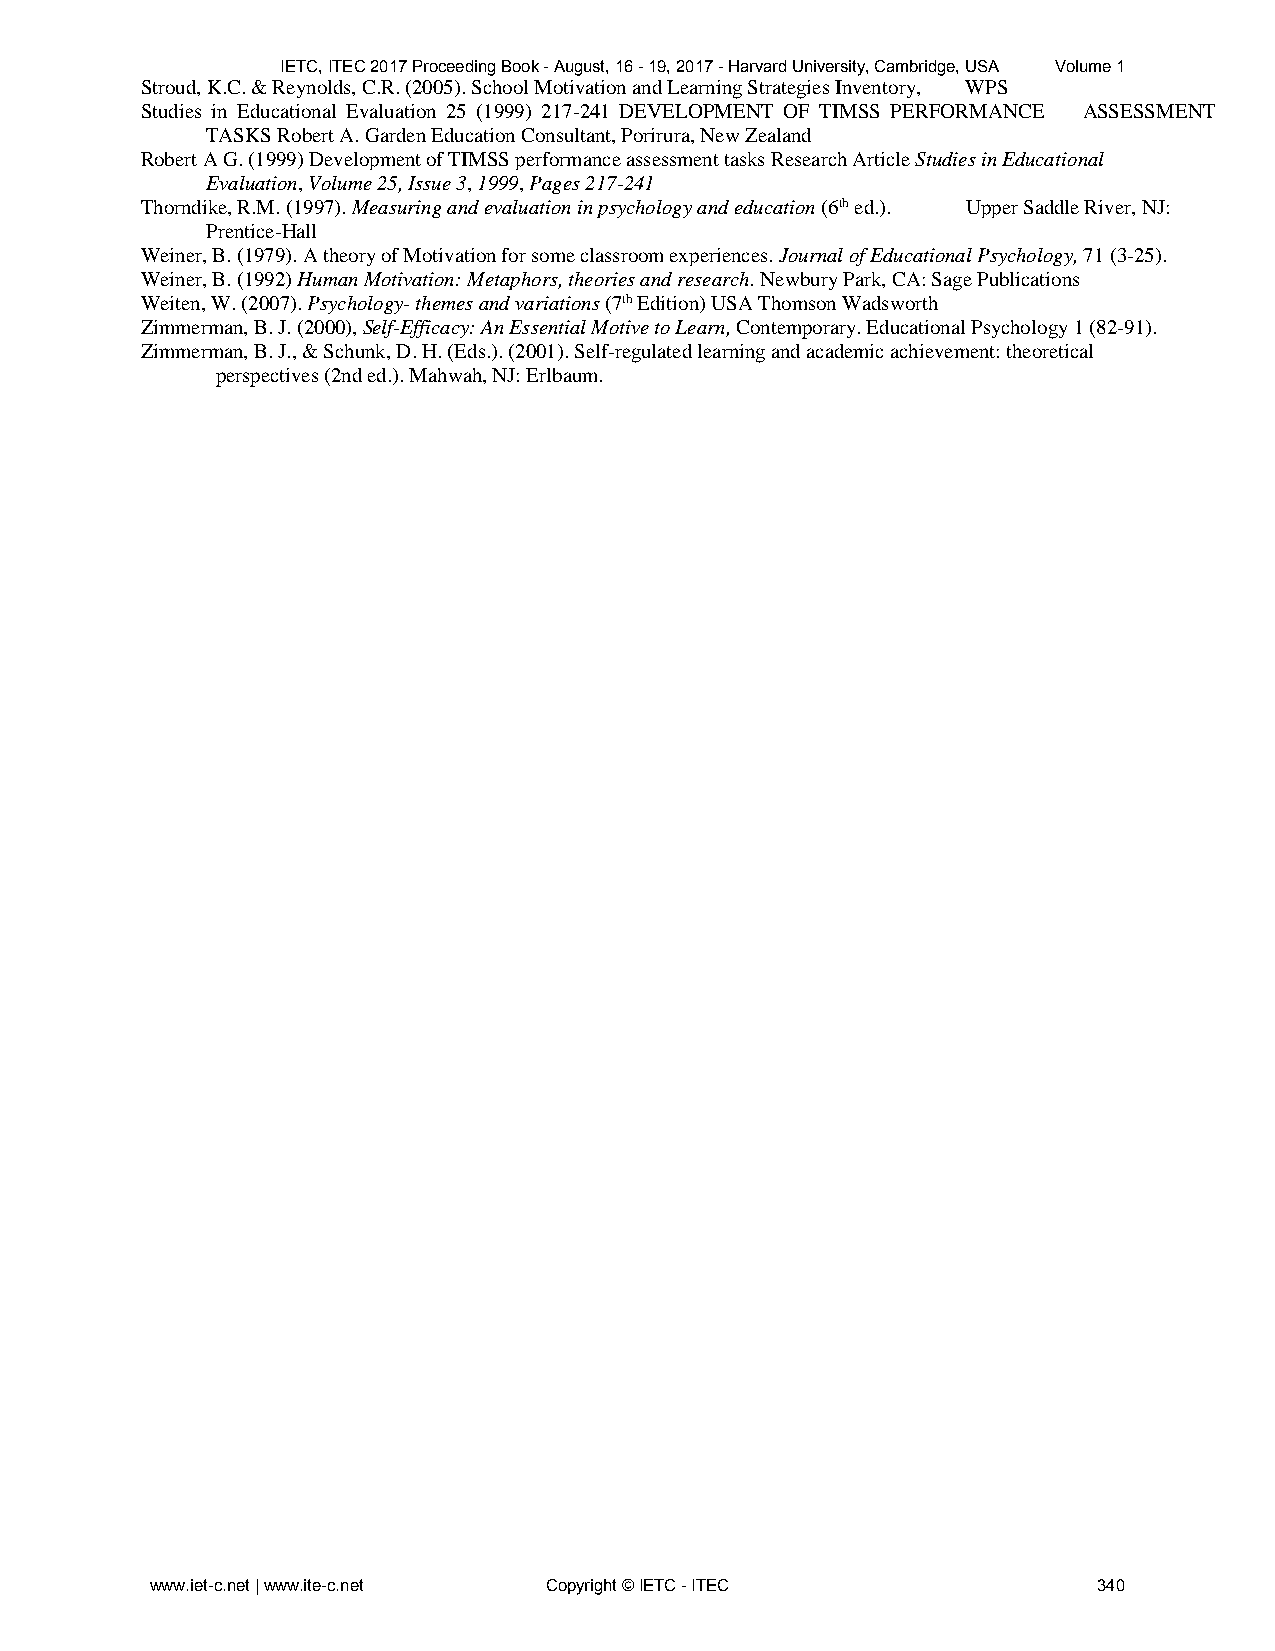
IETC, ITEC 2017 Proceeding Book - August, 16 - 19, 2017 - Harvard University, Cambridge, USA Volume 1
 Stroud, K.C. & Reynolds, C.R. (2005). School Motivation and Learning Strategies Inventory, WPS
 Studies in Educational Evaluation 25 (1999) 217-241 DEVELOPMENT OF TIMSS PERFORMANCE ASSESSMENT
 TASKS Robert A. Garden Education Consultant, Porirura, New Zealand
 Robert A G. (1999) Development of TIMSS performance assessment tasks Research Article Studies in Educational
 Evaluation, Volume 25, Issue 3, 1999, Pages 217-241
 Thorndike, R.M. (1997). Measuring and evaluation in psychology and education (6th ed.). Upper Saddle River, NJ:
 Prentice-Hall
 Weiner, B. (1979). A theory of Motivation for some classroom experiences. Journal of Educational Psychology, 71 (3-25).
 Weiner, B. (1992) Human Motivation: Metaphors, theories and research. Newbury Park, CA: Sage Publications
 Weiten, W. (2007). Psychology- themes and variations (7th Edition) USA Thomson Wadsworth
 Zimmerman, B. J. (2000), Self-Efficacy: An Essential Motive to Learn, Contemporary. Educational Psychology 1 (82-91).
 Zimmerman, B. J., & Schunk, D. H. (Eds.). (2001). Self-regulated learning and academic achievement: theoretical
 perspectives (2nd ed.). Mahwah, NJ: Erlbaum.
 www.iet-c.net | www.ite-c.net Copyright © IETC - ITEC          340